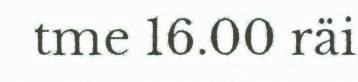
tme 16.00 räi